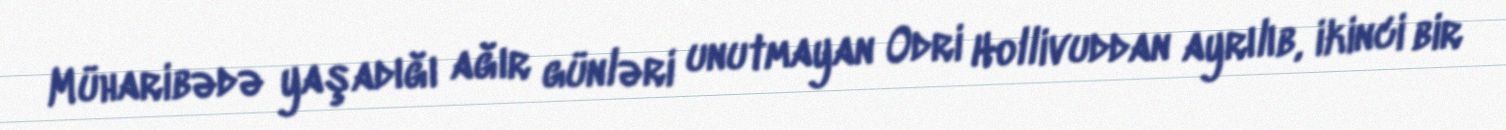
Müharibədə yaşadığı ağır günləri unutmayan Odri Hollivuddan ayrılıb, ikinci bir